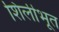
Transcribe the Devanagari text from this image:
शिलीभूत